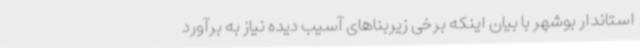
استاندار بوشهر با بیان اینکه برخی زیربناهای آسیب دیده نیاز به برآورد